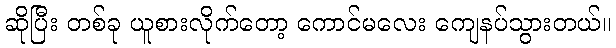
ဆိုပြီး တစ်ခု ယူစားလိုက်တော့ ကောင်မလေး ကျေနပ်သွားတယ်။